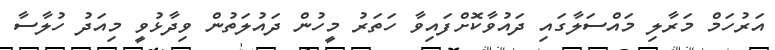
އަރުހަމް މަރާލި މައްސަލާގައި ދައުވާކޮށްފައިވާ ހަތަރު މީހުން ދައުލަތުން ވިދާޅުވީ މިއަދު ހުލާސާ